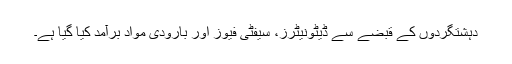
دہشتگردوں کے قبضے سے ڈیٹونیٹرز، سیفٹی فیوز اور بارودی مواد برآمد کیا گیا ہے۔